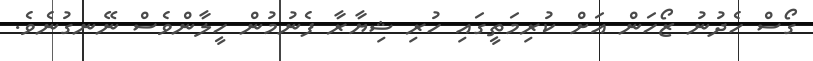
ގޯސް ހެދުނު ޒޯހަން އަށް ކުރިމަތީގައި ހުރި ޝިޔާރާ ފެނުމުން ހީލާންވެސް ނޭނގުނެވެ.